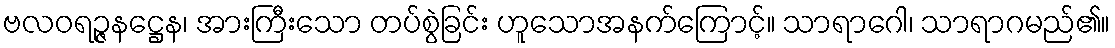
ဗလဝရဉ္ဇနဋ္ဌေန၊ အားကြီးသော တပ်စွဲခြင်း ဟူသောအနက်ကြောင့်။ သာရာဂေါ၊ သာရာဂမည်၏။